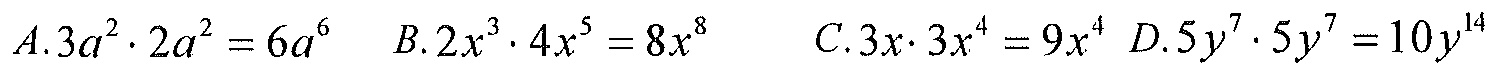
\(A.3a^{2}\cdot2a^{2}=6a^{6}\)  \(B.2x^{3}\cdot4x^{5}=8x^{8}\)  \(C.3x\cdot3x^{4}=9x^{4}\) \(D.5y^{7}\cdot5y^{7}=10y^{14}\)